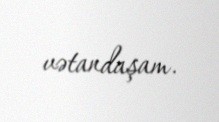
vətandaşam.